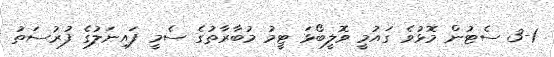
3-1 ސެޓުން މޮޅުވެ ގައުމީ ވޮލީބޯޅަ ޓީމު މުބާރާތުގެ ސެމީ ފައިނަލުގެ ފުރުސަތު